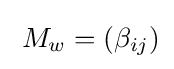
\;M_{w}=(\beta _{ij})